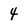
Character: 4